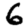
Digit: 6